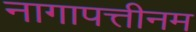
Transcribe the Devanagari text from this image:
नागापत्तीनम